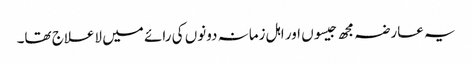
یہ عارضہ مجھ جیسوں اور اہل زمانہ دونوں کی رائے میں لاعلاج تھا۔